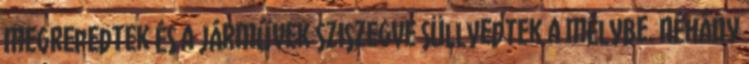
megrepedtek és a járművek sziszegve süllyedtek a mélybe. Néhány